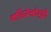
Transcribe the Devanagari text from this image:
व्यक्तिरेखांमुळे